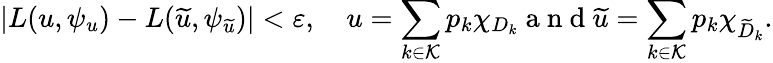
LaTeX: \left|L(u,\psi_{u})-L(\widetilde{u},\psi_{\widetilde{u}})\right|<\varepsilon,\quad u=\sum_{k\in\mathcal K}p_{k}\chi_{D_{k}}\mathrm{~a~n~d~}\widetilde{u}=\sum_{k\in\mathcal K}p_{k}\chi_{\widetilde{D}_{k}}.